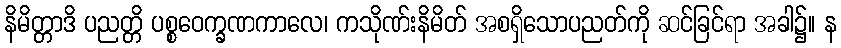
နိမိတ္တာဒိ ပညတ္တိ ပစ္စဝေက္ခဏကာလေ၊ ကသိုဏ်းနိမိတ် အစရှိသောပညတ်ကို ဆင်ခြင်ရာ အခါ၌။ န